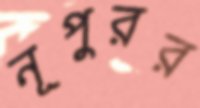
নূপুরর